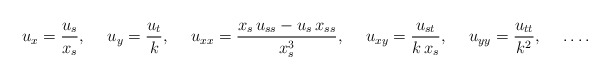
\begin{align*}u_x = \frac{u_s}{x_s},\quad\; u_y=\frac{u_t}{k},\quad\; u_{xx} = \frac{x_s\, u_{ss} - u_s\, x_{ss}}{x_s^3},\quad\; u_{xy}=\frac{u_{st}}{k\, x_s},\quad\; u_{yy}=\frac{u_{tt}}{k^2},\quad\; \ldots.\end{align*}